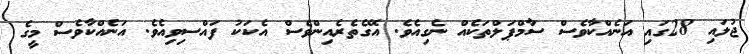
ޖުލައި 28ގައި އަނެއްކާވެސް ސާމްޕަލްތަކެއް ނެގިއެވެ. އޭގެތެރެއިންވެސް އެކަކު ފައްސިވިއެވެ. އަނެއްކާވެސް މީގެ